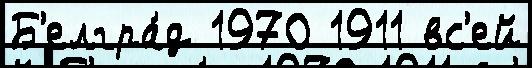
Б'елгра́д 1970 1911 вс'ей